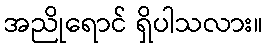
အညိုရောင် ရှိပါသလား။